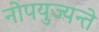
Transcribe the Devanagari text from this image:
नोपयुज्यन्ते